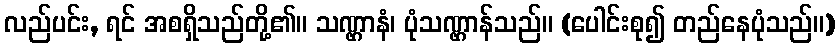
လည်ပင်း, ရင် အစရှိသည်တို့၏။ သဏ္ဌာနံ၊ ပုံသဏ္ဌာန်သည်။ (ပေါင်းစု၍ တည်နေပုံသည်။)